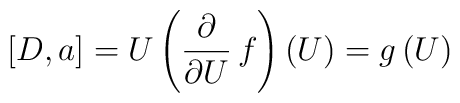
[D,a] = U \left( \frac{\partial}{\partial U} \, f \right) (U) = g \, (U)